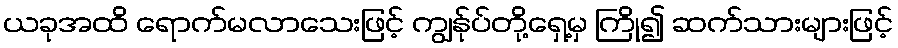
ယခုအထိ ရောက်မလာသေးဖြင့် ကျွန်ုပ်တို့ရှေ့မှ ကြို၍ ဆက်သားများဖြင့်